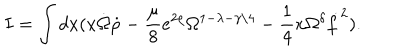
LaTeX: I = \int d x ( x \dot { \Omega } \dot { \rho } - \frac { \mu } { 8 } e ^ { 2 \rho } \Omega ^ { 1 - \lambda - \gamma / 4 } - \frac { 1 } { 4 } x \Omega ^ { \delta } \dot { f } ^ { 2 } ) .